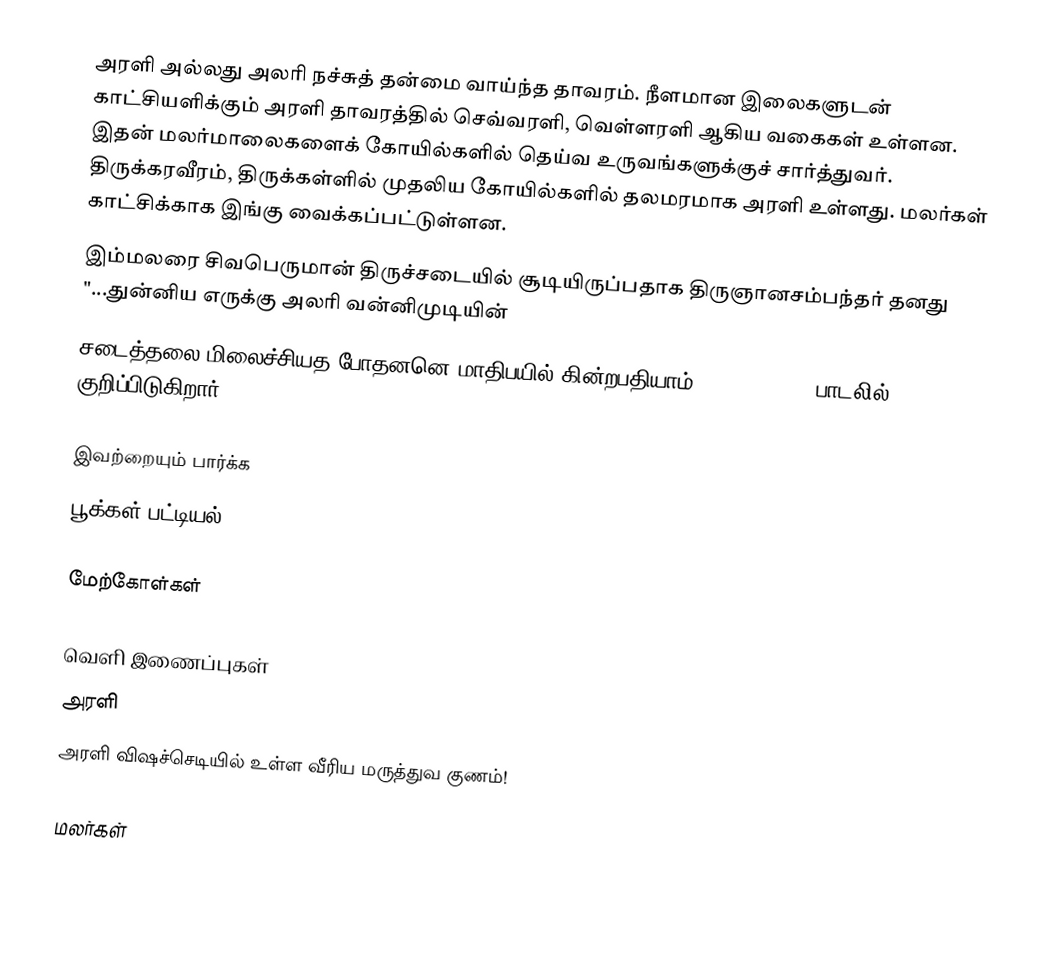
அரளி அல்லது அலரி நச்சுத் தன்மை வாய்ந்த தாவரம். நீளமான இலைகளுடன் காட்சியளிக்கும் அரளி தாவரத்தில் செவ்வரளி, வெள்ளரளி ஆகிய வகைகள் உள்ளன. இதன் மலர்மாலைகளைக் கோயில்களில் தெய்வ உருவங்களுக்குச் சார்த்துவர். திருக்கரவீரம், திருக்கள்ளில் முதலிய கோயில்களில் தலமரமாக அரளி உள்ளது. மலர்கள் காட்சிக்காக இங்கு வைக்கப்பட்டுள்ளன.
இம்மலரை சிவபெருமான் திருச்சடையில் சூடியிருப்பதாக திருஞானசம்பந்தர் தனது "...துன்னிய எருக்கு அலரி வன்னிமுடியின்
சடைத்தலை மிலைச்சியத போதனனெ மாதிபயில் கின்றபதியாம்...." (3:79:5) பாடலில் குறிப்பிடுகிறார்.

இவற்றையும் பார்க்க
 பூக்கள் பட்டியல்

மேற்கோள்கள்

வெளி இணைப்புகள்
 அரளி
 அரளி விஷச்செடியில் உள்ள வீரிய மருத்துவ குணம்!

மலர்கள்